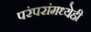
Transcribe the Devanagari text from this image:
परंपरांमध्येही